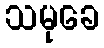
သမုခေ